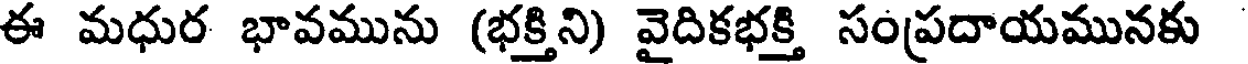
ఈ మధుర భావమును (భక్తిని) వైదికభక్తి సంప్రదాయమునకు